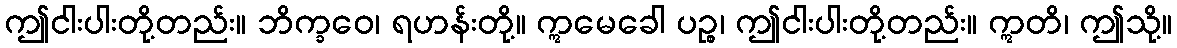
ဤငါးပါးတို့တည်း။ ဘိက္ခဝေ၊ ရဟန်းတို့။ ဣမေခေါ ပဉ္စ၊ ဤငါးပါးတို့တည်း။ ဣတိ၊ ဤသို့။